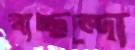
স্বাচ্ছন্দ্যে